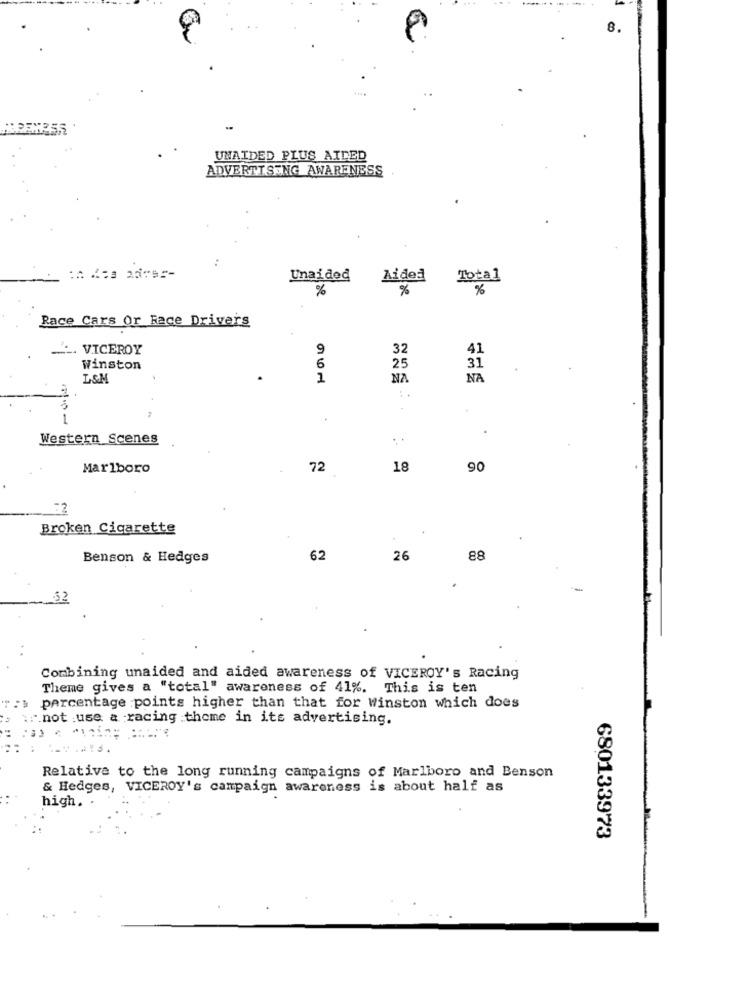
8.
UNAIDED PLUS AIDED
ADVERTISING AWARENESS
Unaided
Aided
Tota1
%
%
Race Cars Or Race Drivers
. VICEROY
9
32
41
Winston
6
25
31
L&M
1
NA
NA
1
Western Scenes
Marlboro
72
18
90
:2
Broken Cigarette
Benson & Hedges
62
26
88
52
Combining unaided and aided awareness of VICEROY's Racing
Theme gives a "total" awareness of 41%. This is ten
percentage points higher than that for Winston which does
w:not use a racing theme in its advertising.
Relative to the long running campaigns of Marlboro and Benson
& Hedges, VICEROY's campaign awareness is about half as
high. .
680133973